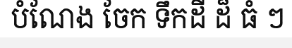
បំណែង ចែក ទឹកដី ដ៏ ធំ ៗ